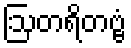
ဩတရိတဗ္ဗံ